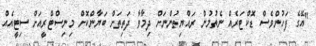
"އޭގެ ފަހުންވެސް ޑޮކްޓަރެއް ނެތުމުން ރައްޔިތުންނަށް ދިމާވާ ދަތިތަށް ބަޔާންކޮށް މިނިސްޓްރީއަށް ސިޓީއެއް